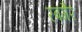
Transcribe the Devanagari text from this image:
रबगैर